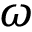
\omega